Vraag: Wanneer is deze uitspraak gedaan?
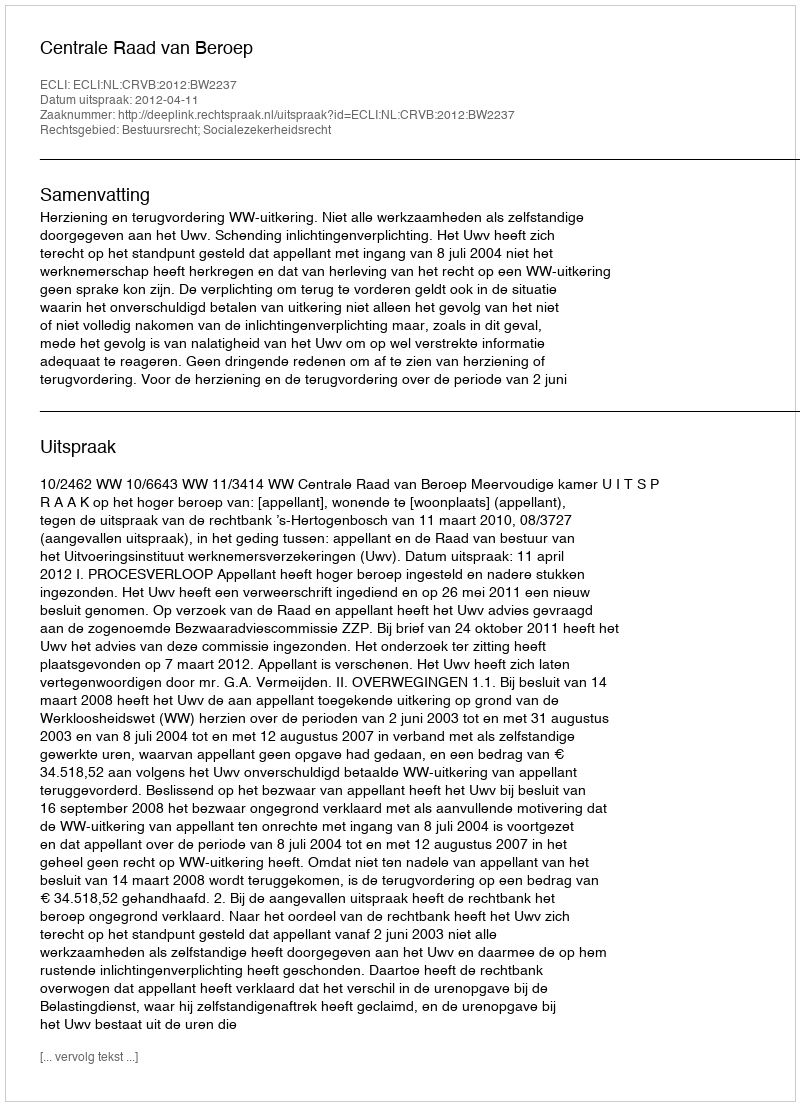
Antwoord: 2012-04-11